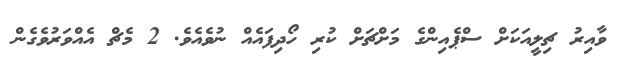
ވާއިރު ޗިލީއަކަށް ސްޕެއިންގެ މަށްޗަށް ކުރި ހޯދިފައެއް ނުވެއެވެ. 2 މެޗް އެއްވަރުވެގެން